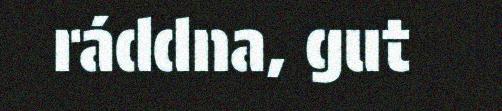
ráddna, gut